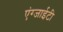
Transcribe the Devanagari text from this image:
एंग्जाईटी